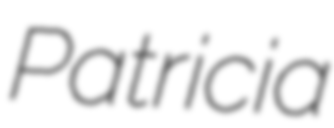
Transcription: Patricia